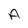
Character: A